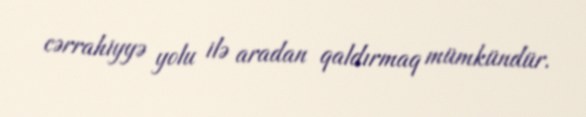
cərrahiyyə yolu ilə aradan qaldırmaq mümkündür.